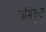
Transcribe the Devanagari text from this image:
जमिकुंटा